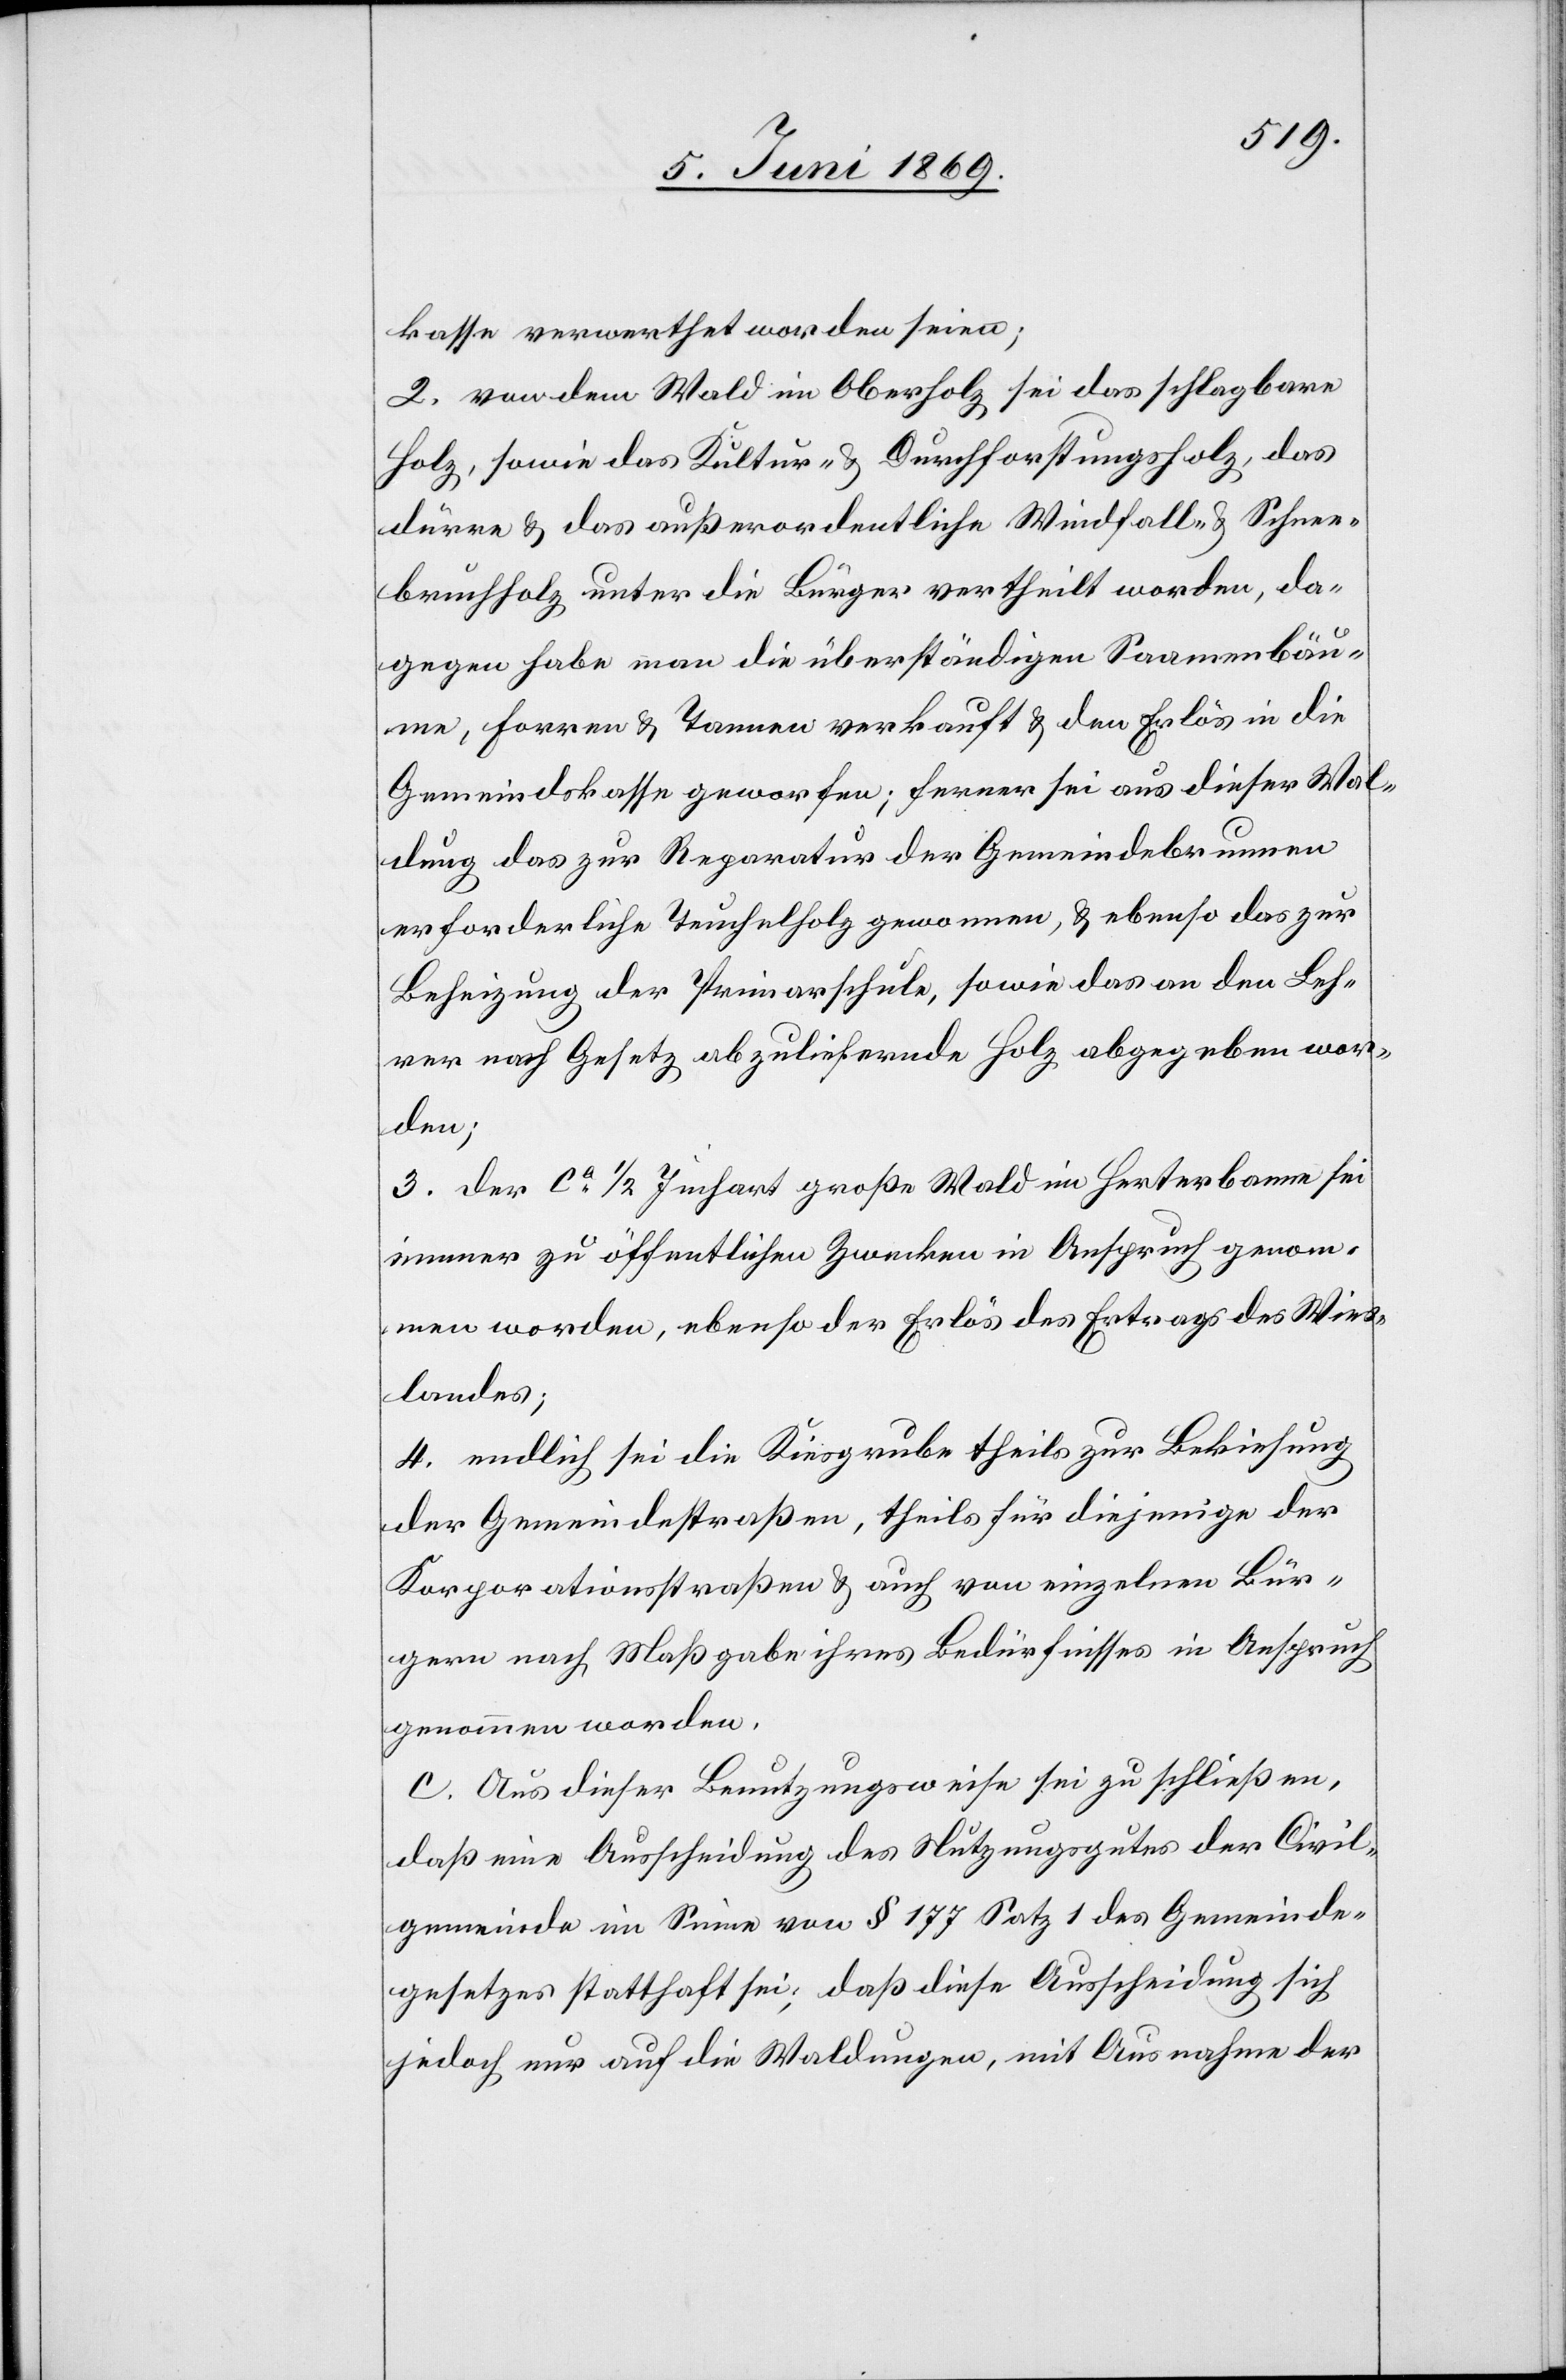
kasse verwerthet worden seien;
2. Von dem Wald im Oberholz sei das schlagbare
Holz, sowie das Kultur- u. Durchforstungsholz, das
Dürre u. das außerordentliche Windfall- u. Schnee¬
bruchholz unter die Bürger vertheilt worden, da¬
gegen haben an die überständigen Saamenbäu¬
me, Forren u. Tannen verkauft u. den Erlös in die
Gemeindskasse geworfen; ferner sei aus dieser Wal¬
dung das zur Reparatur der Gemeindebrunnen
erforderliche Teuchelholz gewonnen, u. ebenso das zur
Beheizung der Primarschule, sowie das an den Leh¬
rer nach Gesetz abzuliefernde Holz abgegeben wor¬
den;
3. der ca 1/2 Juchart große Wald im Herterbanne sei
immer zu öffentlichen Zwecken in Anspruch genom¬
men worden, ebenso der Erlös des Ertrags des Wies¬
landes;
4. endlich sei die Kiesgrube theils zur Bekiesung
der Gemeindestraßen, theils für diejenige der
Korporationsstraßen u. auch von einzelnen Bür¬
gern nach Maßgabe ihres Bedürfnisses in Anspruch
genommen worden.
c. Aus dieser Benutzungsweise sei zu schließen,
daß eine Ausscheidung des Nutzungsgutes der Civil¬
gemeinde im Sinne von § 177 Satz 1 des Gemeinde¬
gesetzes statthaft sei; daß diese Ausscheidung sich
jedoch nur auf die Waldungen, mit Ausnahme der